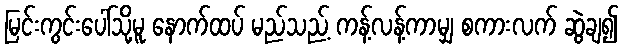
မြင်းကွင်းပေါ်သို့မူ နောက်ထပ် မည်သည့် ကန့်လန့်ကာမျှ စကားလက် ဆွဲချ၍